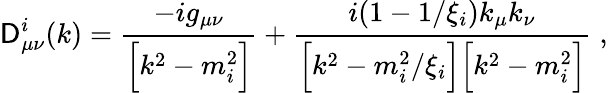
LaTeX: \mathsf{D}_{\mu\nu}^{i}(k)=\frac{{-ig_{\mu\nu}}}{{\Bigl[k^{2}-m_{i}^{2}\Bigr]}}+\frac{{i(1-1/\xi_{i})k_{\mu}k_{\nu}}}{{\Bigl[k^{2}-m_{i}^{2}/\xi_{i}\Bigr]\Bigl[k^{2}-m_{i}^{2}\Bigr]}}\; ,